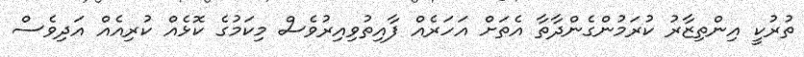
ތުރުކީ އިންތިޒާރު ކުރަމުންގެންދާތާ އެތަށް އަހަރެއް ފާއިތުވިއިރުވެސް މިކަމުގެ ކޮޅެއް ކުރިއެއް އަދިިވެސް